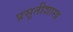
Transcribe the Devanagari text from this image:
प्रसूतीशास्त्र